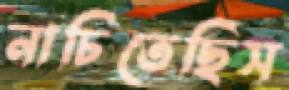
নাচিতেছিস